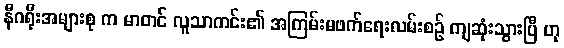
နီဂရိုးအများစု က မာတင် လူသာကင်း၏ အကြမ်းမဖက်ရေးလမ်းစဉ် ကျဆုံးသွားပြီ ဟု